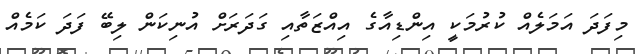
މިފަދަ އަމަލެއް ކުރުމަކީ އިންޑިއާގެ އިއްޒަތާއި ގަދަރަށް އުނިކަން ލިބޭ ފަދަ ކަމެއް